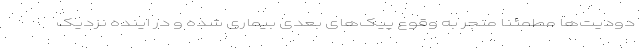
دودیت‌ها مطمئنا منجر به وقوع پیک‌های بعدی بیماری شده و در اینده نزدیک